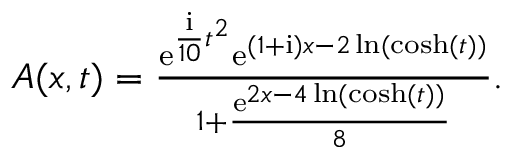
\begin{array} { r } { A ( x , t ) = \frac { \mathrm { e } ^ { \frac { \mathrm { { i } } } { 1 0 } t ^ { 2 } } \mathrm { e } ^ { ( 1 + \mathrm { { i } } ) x - 2 \ln ( \cosh ( t ) ) } } { 1 + \frac { \mathrm { e } ^ { 2 x - 4 \ln ( \cosh ( t ) ) } } { 8 } } . } \end{array}